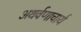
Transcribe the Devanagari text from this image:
अथर्वणाचार्य